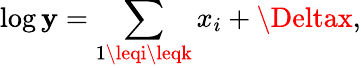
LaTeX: \log\mathbf{y}=\sum_{1\leqi\leqk}x_{i}+\Deltax,